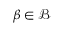
\beta \in { \mathcal { B } }